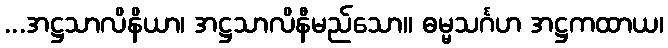
...အဋ္ဌသာလိနိယာ၊ အဋ္ဌသာလိနီမည်သော။ ဓမ္မသင်္ဂဟ အဋ္ဌကထာယ၊